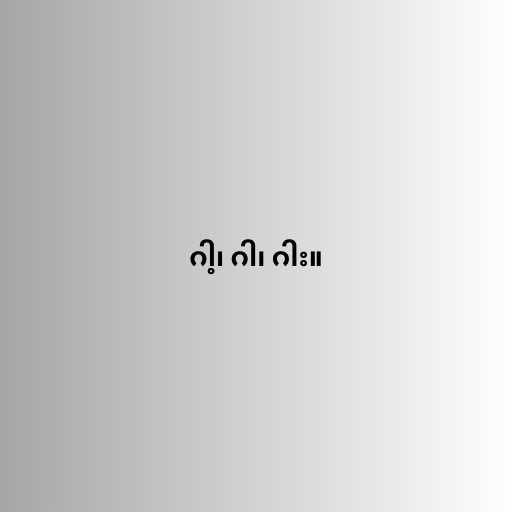
ဂါ့၊ ဂါ၊ ဂါး။